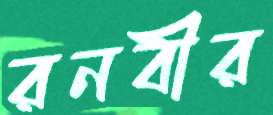
রনবীর